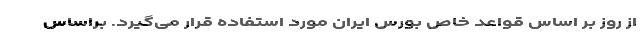
از روز بر اساس قواعد خاص بورس ایران مورد استفاده قرار می‌گیرد. براساس